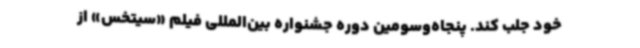
خود جلب کند. پنجاه‌وسومین دوره جشنواره بین‌المللی فیلم «سیتخس» از